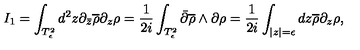
I _ { 1 } = \int _ { T _ { \epsilon } ^ { 2 } } d ^ { 2 } z \partial _ { \bar { z } } \overline { { \rho } } \partial _ { z } \rho = \frac { 1 } { 2 i } \int _ { T _ { \epsilon } ^ { 2 } } \bar { \partial } \overline { { \rho } } \wedge \partial \rho = \frac { 1 } { 2 i } \int _ { | z | = \epsilon } d z \overline { { \rho } } \partial _ { z } \rho ,